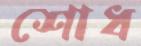
শোধ